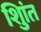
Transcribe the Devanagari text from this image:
शुिांत